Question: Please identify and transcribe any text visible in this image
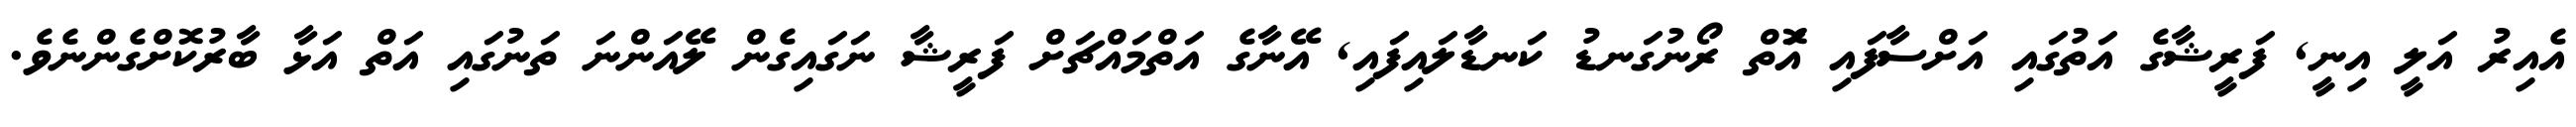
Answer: އެއިރު އަލީ އިނީ, ފަރީޝާގެ އަތުގައި އަށްސާފައި އަޮތް ރޯނުގަނޑު ކަނޑާލައިފައި, އޭނާގެ އަތްމައްޗަށް ފަރީޝާ ނަގައިގެން ލޭއަންނަ ތަނުގައި އަތް އަޅާ ބާރުކޮށްގެންނެވެ.